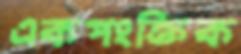
একপংক্তিক